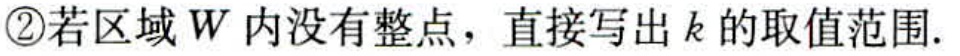
\textcircled{2}若区域\(W\)内没有整点，直接写出\(k\)的取值范围.